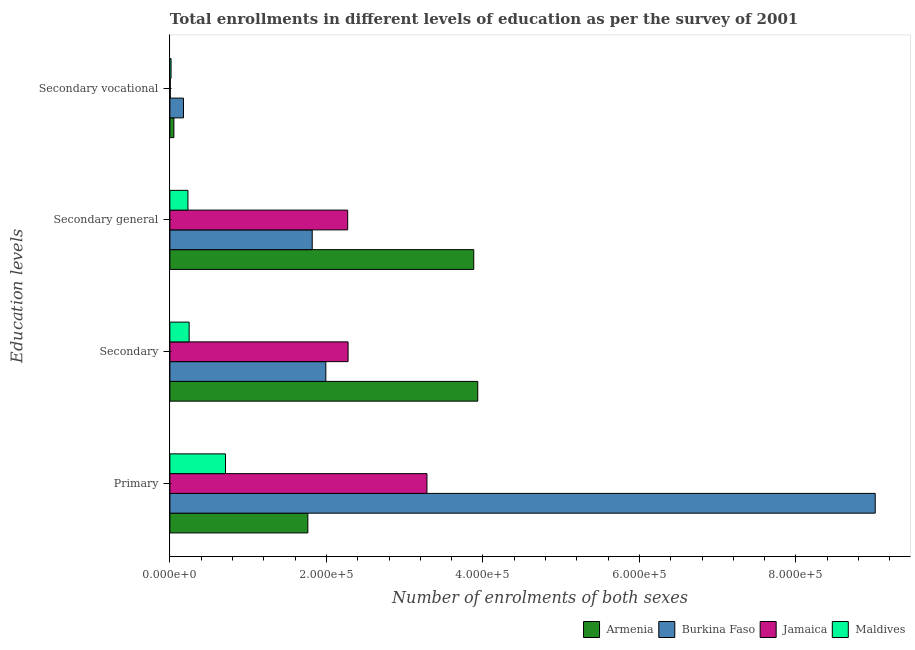
| Education levels | Armenia | Burkina Faso | Jamaica | Maldives |
 | --- | --- | --- | --- | --- |
 | Primary | 1.76e+05 | 9.01e+05 | 3.28e+05 | 7.11e+04 |
 | Secondary | 3.93e+05 | 1.99e+05 | 2.28e+05 | 2.46e+04 |
 | Secondary general | 3.88e+05 | 1.82e+05 | 2.27e+05 | 2.31e+04 |
 | Secondary vocational | 5.12e+03 | 1.74e+04 | 498 | 1.52e+03 |